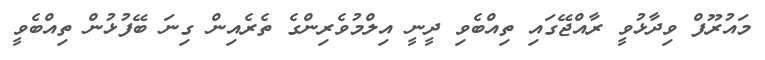
މައުރޫފް ވިދާޅުވީ ރާއްޖޭގައި ތިއްބެވި ދީނީ އިލްމުވެރިންގެ ތެރެއިން ގިނަ ބޭފުޅުން ތިއްބެވީ